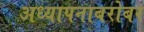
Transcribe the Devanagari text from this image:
अध्यापनाबरोबर